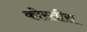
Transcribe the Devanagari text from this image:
कोस्तीस